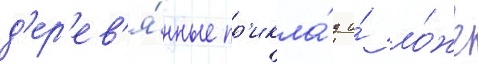
д'ер'ев'я́нные пр'икла́д и́ ло́же